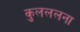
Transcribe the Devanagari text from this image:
कुलललना